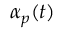
\alpha _ { p } ( t )